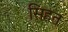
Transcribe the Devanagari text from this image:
सिहत